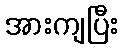
အားကျပြီး